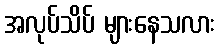
အလုပ်သိပ် များနေသလား